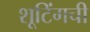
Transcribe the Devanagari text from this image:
शूटिंगची